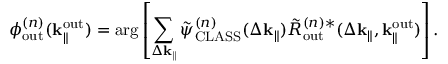
\phi _ { \mathrm { o u t } } ^ { ( n ) } ( \mathbf { k } _ { \parallel } ^ { \mathrm { o u t } } ) = \arg \left[ \sum _ { \Delta \mathbf { k } _ { \parallel } } \Tilde { \psi } _ { \mathrm { C L A S S } } ^ { ( n ) } ( \Delta \mathbf { k } _ { \parallel } ) \Tilde { R } _ { \mathrm { o u t } } ^ { ( n ) \ast } ( \Delta \mathbf { k } _ { \parallel } , \mathbf { k } _ { \parallel } ^ { \mathrm { o u t } } ) \right] .